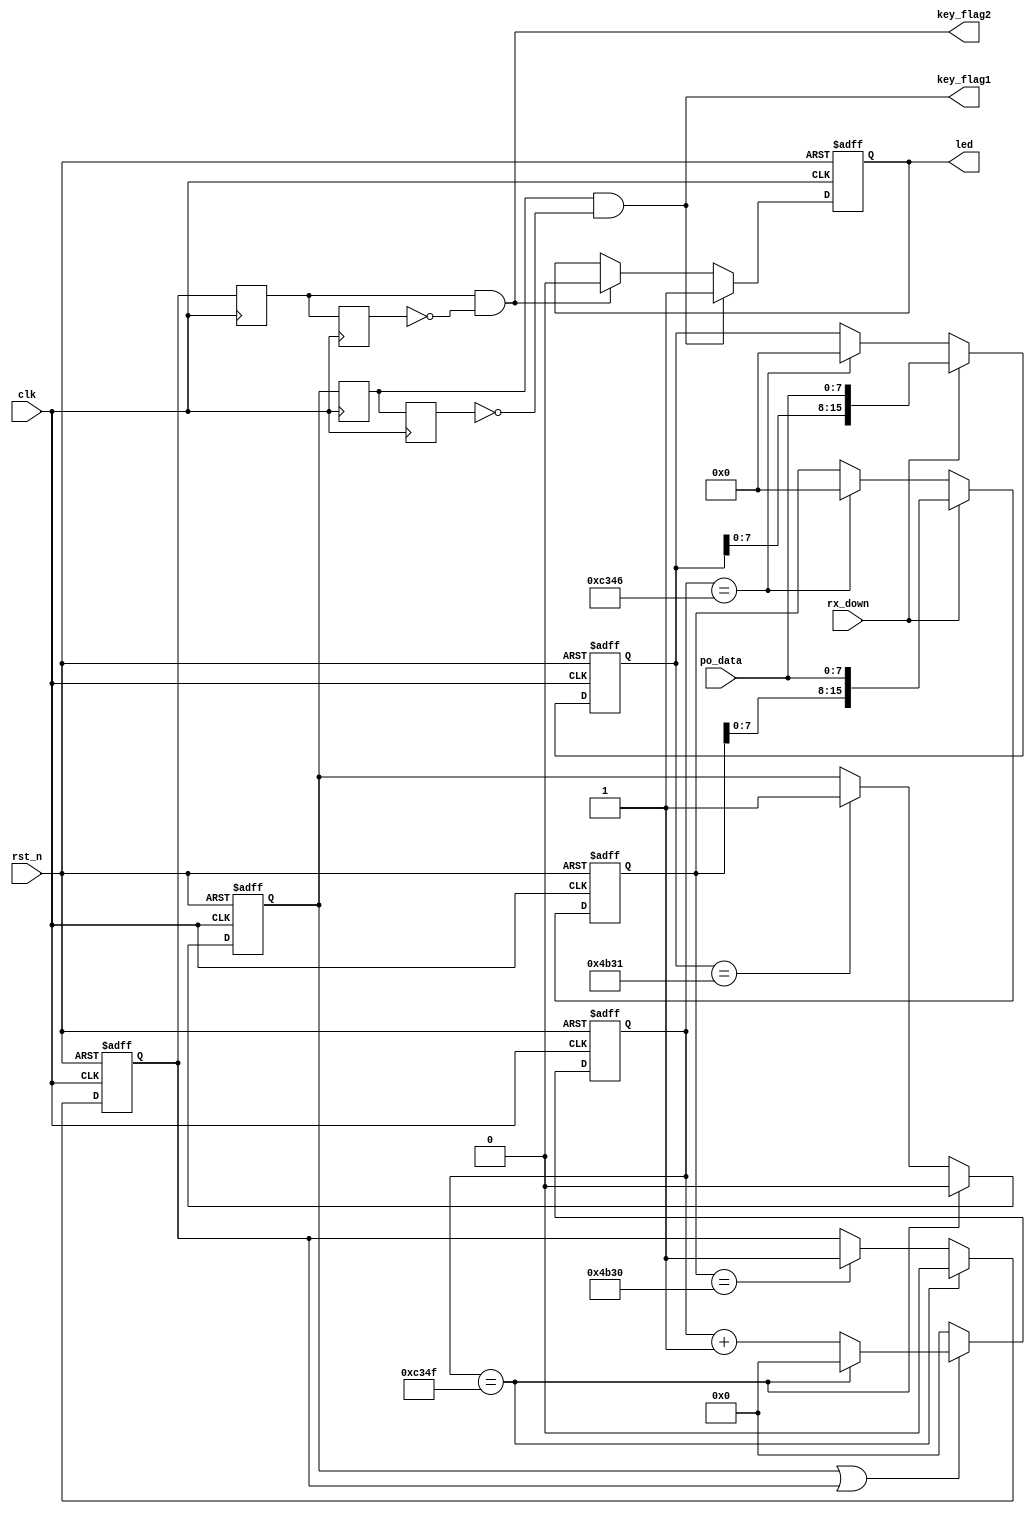
module power_bb_voice(clk,
	rst_n,
	po_data,
	rx_down,
    key_flag1,
    key_flag2,
    led 
    );

input clk;
input rst_n;
input [7:0]po_data;
input rx_down;
output key_flag1;
output  key_flag2;
output reg led;

parameter inst1 = "K1"; //
parameter inst2 = "K0"; //

reg [15:0]com1;
reg [15:0]com2;
reg [24:0]count;

reg temp1,temp2;
reg temp3,temp4;
reg key_state1;
reg key_state2;

assign key_flag1 = temp1 & (~temp2);

assign key_flag2 = temp3 & (~temp4);

always @(posedge clk)
    temp1 <= key_state1;
always @(posedge clk)
    temp2 <=  temp1;  
  
always @(posedge clk)
    temp3 <= key_state2;
always @(posedge clk)
    temp4 <=  temp3; 



always @(posedge clk or negedge rst_n)
    if(!rst_n)
        count <= 0;
    else if(key_state1 | key_state2)
        if(count == 49999)
            count <= 0;
        else 
            count <= count + 1'b1;
    else 
        count <= 0;
		
//
always @(posedge clk or negedge rst_n)
    if(!rst_n)
	    com1 <= 0;
	else if( rx_down )
	    com1 <= {com1[7:0],po_data};
	else if(count == 49990)
	    com1 <= 0;
	else 
	    com1 <= com1;
		
always @(posedge clk or negedge rst_n)
    if(!rst_n)
	    com2 <= 0;
	else if( rx_down )
	    com2 <= {com2[7:0],po_data};
	else if(count == 49990)
	    com2 <= 0;
	else 
	    com2 <= com2;

		
//	
always @(posedge clk or negedge rst_n)
    if(!rst_n)
	    key_state1 <= 0;
    else if(count == 49999)
	    key_state1 <= 0;
	else if(com1 == inst1)
	    key_state1 <= 1;
	else 
	    key_state1 <= key_state1;
//			
always @(posedge clk or negedge rst_n)
    if(!rst_n)
	    key_state2 <= 0;
	else if(count == 49999)
	    key_state2 <= 0;
	else if(com2 == inst2)
	    key_state2 <= 1;
	else 
	    key_state2 <= key_state2;
		
	
always @(posedge clk or negedge rst_n) 
    if(!rst_n)
        led <= 0;
    else if(key_flag1)		
        led <= 1;
    else if(key_flag2)
        led <= 0;
    else
        led <= led;
endmodule